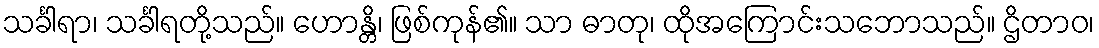
သင်္ခါရာ၊ သင်္ခါရတို့သည်။ ဟောန္တိ၊ ဖြစ်ကုန်၏။ သာ ဓာတု၊ ထိုအကြောင်းသဘောသည်။ ဌိတာဝ၊